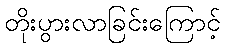
တိုးပွားလာခြင်းကြောင့်